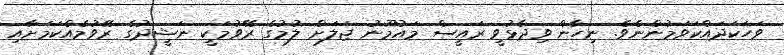
ވަހަކަދައްކަވަމުންނެވެ. ނިހާން ވިދާޅުވީ ރައީސް މައުމޫނު ޖަލަށް ލުމުގެ ރޭވުމަކީ ނަޝީދުގެ ރޭވުމެއްކަމަށާއި